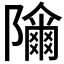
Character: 𱀾